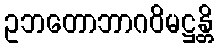
ဥဘတောဘာဂဝိမဋ္ဌန္တိ